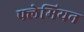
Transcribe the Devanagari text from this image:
फ्लेमियन